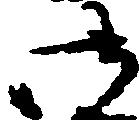
御